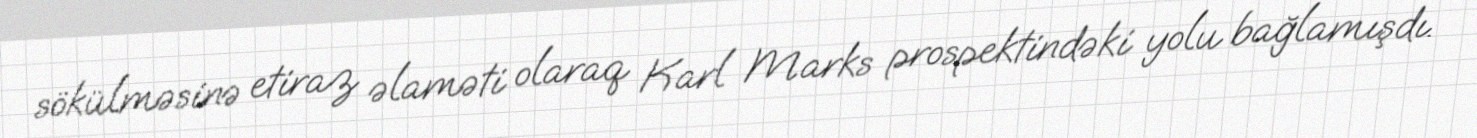
sökülməsinə etiraz əlaməti olaraq Karl Marks prospektindəki yolu bağlamışdı.